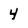
Character: 4